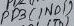
Text: PD3